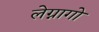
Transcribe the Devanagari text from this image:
लेग्नागो